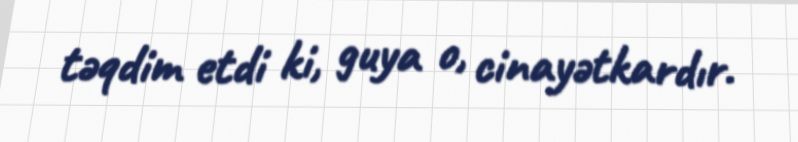
təqdim etdi ki, guya o, cinayətkardır.